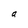
Character: a